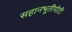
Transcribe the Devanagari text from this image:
सहानभूतीपोटी